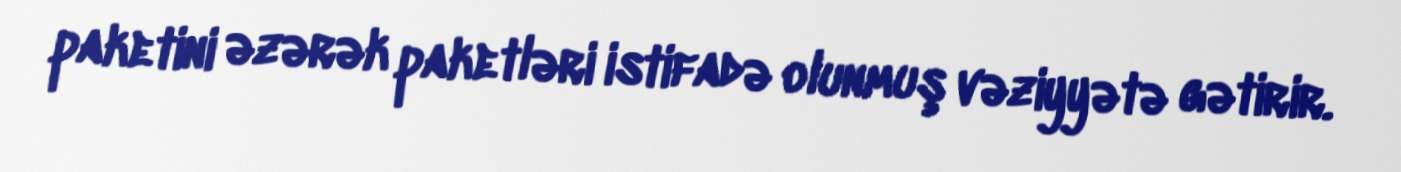
paketini əzərək paketləri istifadə olunmuş vəziyyətə gətirir.